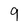
Character: 9